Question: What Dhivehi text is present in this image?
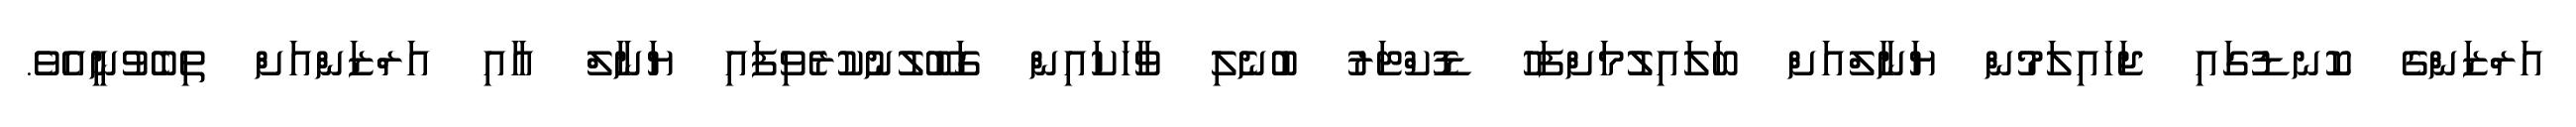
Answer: އަރްޒަންގެ ކޮނޑުގައި ޖަހައިލަމުން ޔަނާލްއަށް ބަލައިލުމަށްފަހު ޑޮކްޓަރު ބުނެލި ވާހަކައިން ގަބޫލުނުކުރެވިފައި ޔަނާލް އާއި އަރްޒަންއަށް ތިބެވުނީއެވެ.